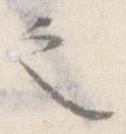
之